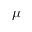
\mu